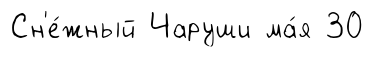
Сн'е́жный Чаруши ма́я 30